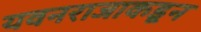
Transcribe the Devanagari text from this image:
यवनराजाकडून